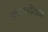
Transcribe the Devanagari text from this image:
शेवटपर्यंतचा